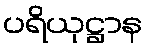
ပရိယုဋ္ဌာန